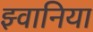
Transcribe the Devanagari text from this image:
झ्वानिया